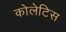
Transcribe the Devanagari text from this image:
कोलेटिस